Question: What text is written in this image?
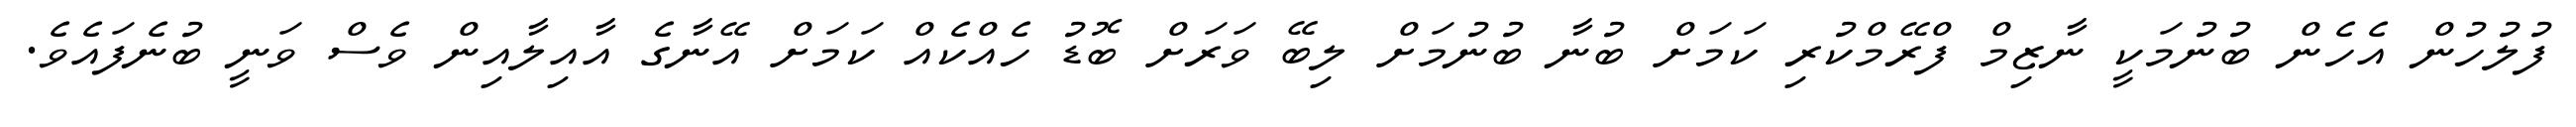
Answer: ފުލުހުން އެހެން ބުނުމަކީ ނާޒިމް ފްރޭމްކުރި ކަމަށް ބުނާ ބުނުމަށް ލިބޭ ވަރަށް ބޮޑު ހެއްކެއް ކަމަށް އޭނާގެ އާއިލާއިން ވެސް ވަނީ ބުނެފައެވެ.